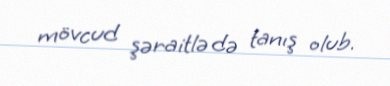
mövcud şəraitlə də tanış olub.